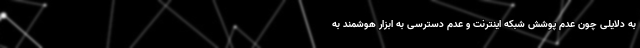
به دلایلی چون عدم پوشش شبکه اینترنت و عدم دسترسی به ابزار هوشمند به